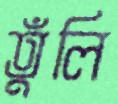
তুঁলি